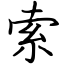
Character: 索